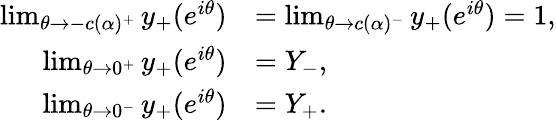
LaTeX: \begin{array}{rl}{\operatorname*{lim}_{\theta\rightarrow-c(\alpha)^{+}}y_{+}(e^{i\theta})}&{=\operatorname*{lim}_{\theta\rightarrow c(\alpha)^{-}}y_{+}(e^{i\theta})=1,}\\ {\operatorname*{lim}_{\theta\rightarrow 0^{+}}y_{+}(e^{i\theta})}&{=Y_{-},}\\ {\operatorname*{lim}_{\theta\rightarrow 0^{-}}y_{+}(e^{i\theta})}&{=Y_{+}.}\end{array}